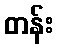
တန်း